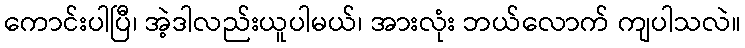
ကောင်းပါပြီ၊ အဲ့ဒါလည်းယူပါမယ်၊ အားလုံး ဘယ်လောက် ကျပါသလဲ။